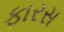
ફારસ